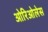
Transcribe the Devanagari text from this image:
ओरिओलेस